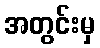
အတွင်းမှ